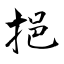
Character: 挹